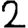
Digit: 2